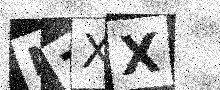
Text: N7XX